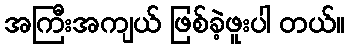
အကြီးအကျယ် ဖြစ်ခဲ့ဖူးပါ တယ်။